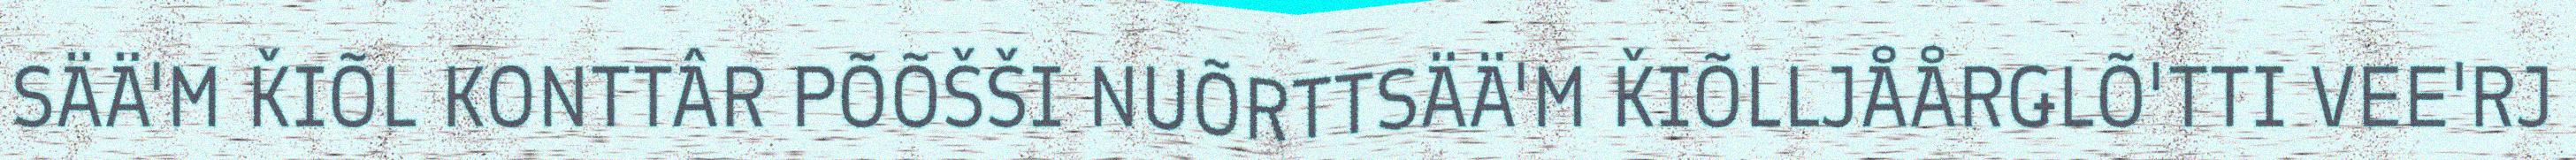
SÄÄ'M ǨIÕL KONTTÂR PÕÕŠŠI NUÕRTTSÄÄ'M ǨIÕLLJÅÅRǤLÕ'TTI VEE'RJ